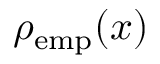
\rho _ { \mathrm { e m p } } ( x )